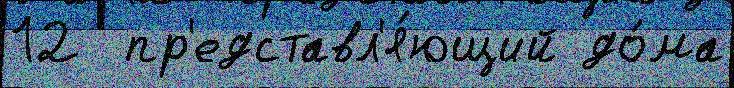
12  пр'едставл'я́ющий до́ма